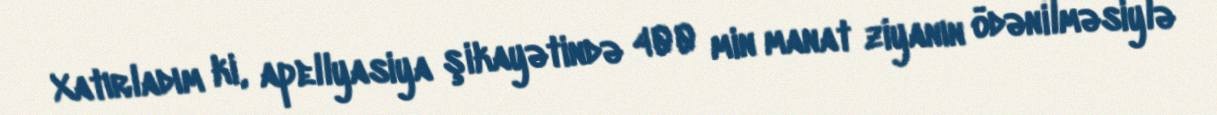
Xatırladım ki, apellyasiya şikayətində 400 min manat ziyanın ödənilməsiylə